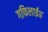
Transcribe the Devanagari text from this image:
गफिलाई॥